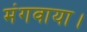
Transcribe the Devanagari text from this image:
मंगवाया।